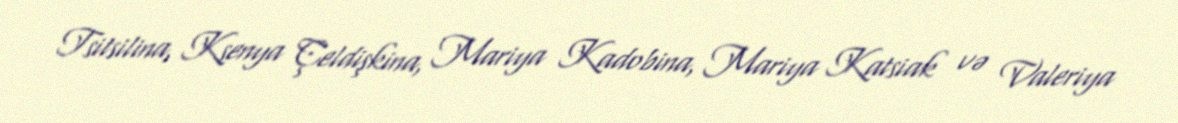
Tsitsilina, Ksenya Çeldişkina, Mariya Kadobina, Mariya Katsiak və Valeriya